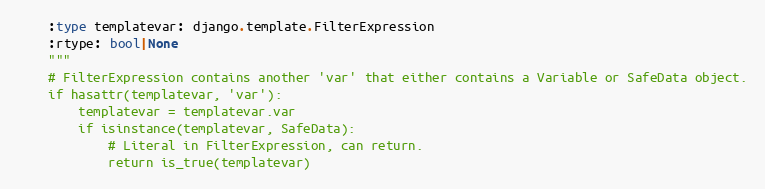
Language: Python
    :type templatevar: django.template.FilterExpression
    :rtype: bool|None
    """
    # FilterExpression contains another 'var' that either contains a Variable or SafeData object.
    if hasattr(templatevar, 'var'):
        templatevar = templatevar.var
        if isinstance(templatevar, SafeData):
            # Literal in FilterExpression, can return.
            return is_true(templatevar)